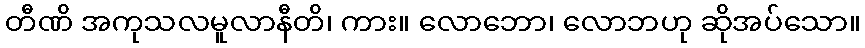
တီဏိ အကုသလမူလာနီတိ၊ ကား။ လောဘော၊ လောဘဟု ဆိုအပ်သော။